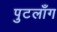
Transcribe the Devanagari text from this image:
पुटलाँग